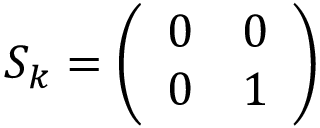
{ { S } _ { k } } = \left( \begin{array} { l l } { 0 } & { 0 } \\ { 0 } & { 1 } \end{array} \right)